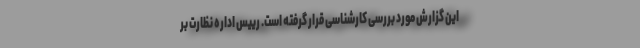
این گزارش مورد بررسی کارشناسی قرار گرفته است. رییس اداره نظارت بر